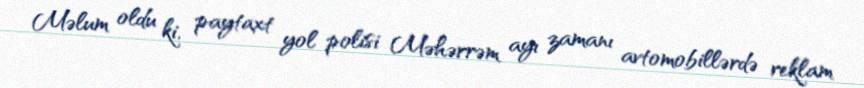
Məlum oldu ki, paytaxt yol polisi Məhərrəm ayı zamanı avtomobillərdə reklam